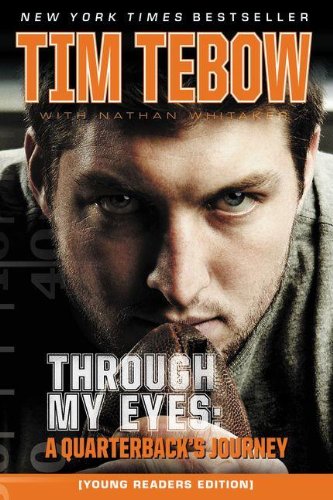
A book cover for Through My Eyes: A Quarterback's Journey, Young Reader's Edition; Tim Tebow; Christian Books & Bibles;